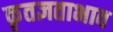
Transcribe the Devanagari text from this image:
कृतज्ञताभाव